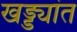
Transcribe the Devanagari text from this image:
खड्ड्यांत